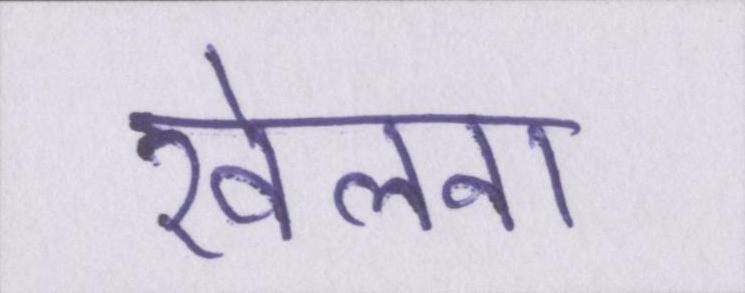
खेलना